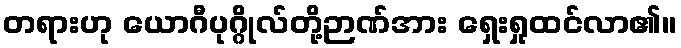
တရားဟု ယောဂီပုဂ္ဂိုလ်တို့ဉာဏ်အား ရှေးရှုထင်လာ၏။